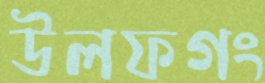
উলফগং